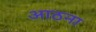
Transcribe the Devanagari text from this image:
आठना